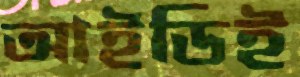
আইডিই